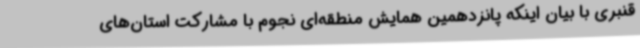
قنبری با بیان اینکه پانزدهمین همایش منطقه‌ای نجوم با مشارکت استان‌های